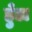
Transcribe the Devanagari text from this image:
हुँडा